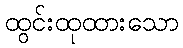
ထွင်းထုထားသော